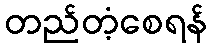
တည်တံ့စေရန်